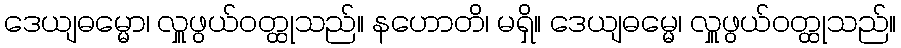
ဒေယျဓမ္မော၊ လှူဖွယ်ဝတ္ထုသည်။ နဟောတိ၊ မရှိ။ ဒေယျဓမ္မေ၊ လှူဖွယ်ဝတ္ထုသည်။